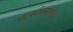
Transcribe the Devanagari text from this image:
घटकांप्रमाणेच